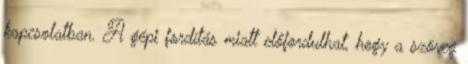
kapcsolatban. A gépi fordítás miatt előfordulhat, hogy a szöveg